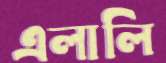
এলালি